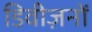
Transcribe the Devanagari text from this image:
डिवीज़नों